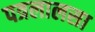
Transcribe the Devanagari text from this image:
पत्रलालसा